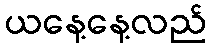
ယနေ့နေ့လည်